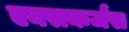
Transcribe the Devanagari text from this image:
एक्सकर्जंस